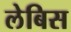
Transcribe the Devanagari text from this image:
लेबिस